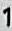
1